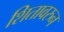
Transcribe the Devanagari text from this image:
शितावरुन